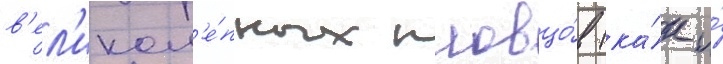
в'ел'икол'е́пных пловцо́в (ка́к и́